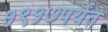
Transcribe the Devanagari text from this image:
१९१७पर्यंत